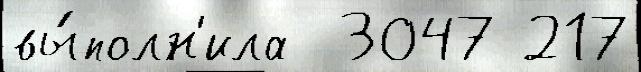
вы́полн'ила  3047 217